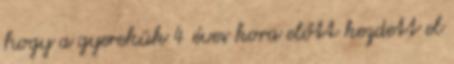
hogy a gyerekük 4 éves kora előtt kezdett el